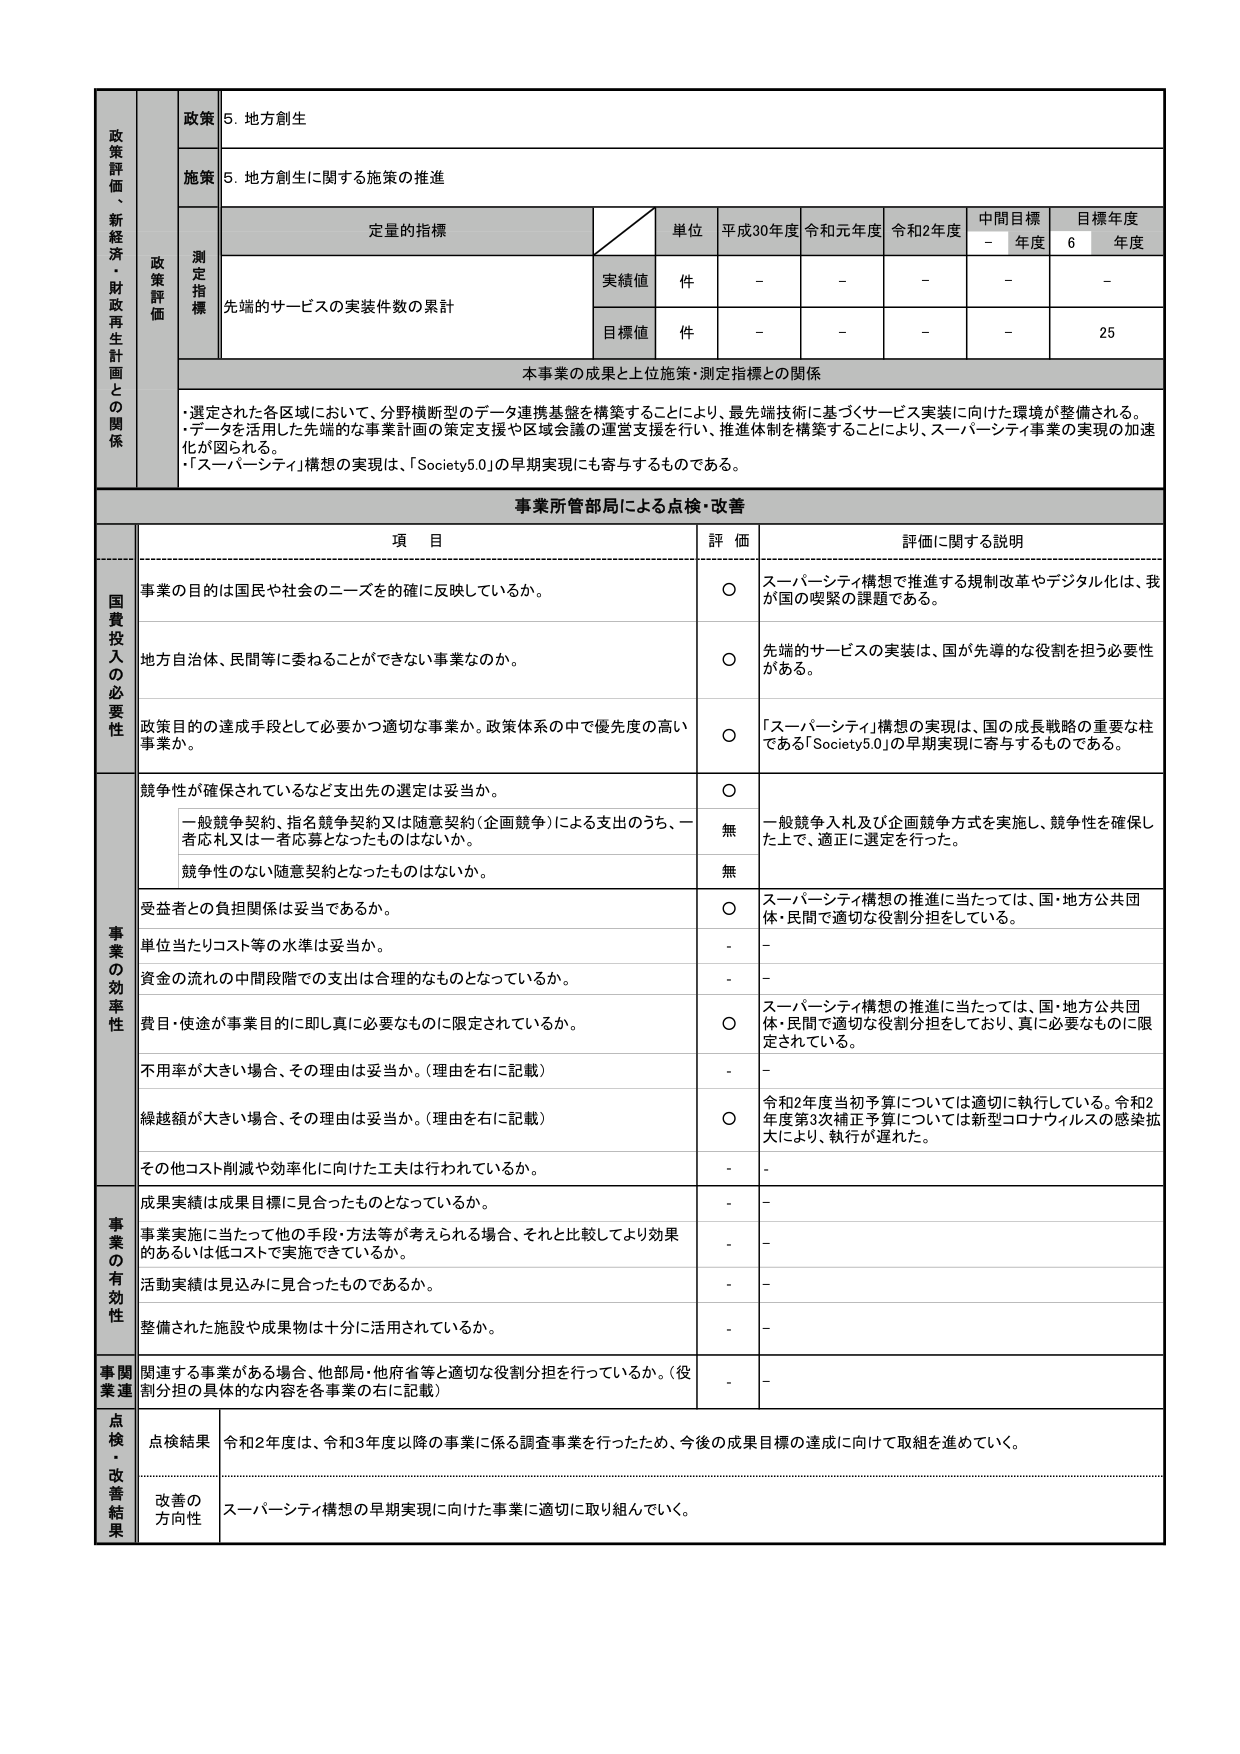
政策評価・新経済・財政再生計画との関係
政策
5. 地方創生
施策
5. 地方創生に関する施策の推進
測定指標
定量的指標
単位
平成30年度
令和元年度
令和2年度
中間目標
目標年度
-
年度
6
年度
実績値
件
-
-
-
-
-
目標値
件
-
-
-
-
25
先端的サービスの実装件数の累計
本事業の成果と上位施策・測定指標との関係
・選定された各区域において、分野横断型のデータ連携基盤を構築することにより、最先端技術に基づくサービス実装に向けた環境が整備される。
・データを活用した先端的な事業計画の策定支援や区域会議の運営支援を行い、推進体制を構築することにより、スーパーシティ事業の実現の加速化が図られる。
・「スーパーシティ」構想の実現は、「Society5.0」の早期実現にも寄与するものである。
事業所管部局による点検・改善
項目
評価
評価に関する説明
国費投入の必要性
事業の目的は国民や社会のニーズの確に反映しているか。
〇
スーパーシティ構想で推進する規制改革やデジタル化は、我が国の喫緊の課題である。
地方自治体、民間等に委ねることができない事業なのか。
〇
先端的サービスの実装は、国が先導的な役割を担う必要性がある。
政策目的の達成手段として必要かつ適切な事業か。政策体系の中で優先度の高い事業か。
〇
「スーパーシティ」構想の実現は、国の成長戦略の重要な柱である「Society5.0」の早期実現に寄与するものである。
事業の効率性
競争性が確保されているなど支出先の選定は妥当か。
〇
一般競争入札及び企画競争方式を実施し、競争性を確保した上で、適正に選定を行った。
一般競争契約、指名競争契約又は随意契約（企画競争）による支出のうち、一者応札又は一者応募となったものはないか。
無
競争性のない随意契約となったものはないか。
無
受益者との負担関係は妥当であるか。
〇
スーパーシティ構想の推進に当たっては、国・地方公共団体・民間で適切な役割分担をしている。
単位当たりコスト等の水準は妥当か。
-
-
資金の流れの中間段階での支出は合理的なものとなっているか。
-
-
費目・使途が事業目的に即し真に必要なものに限定されているか。
〇
スーパーシティ構想の推進に当たっては、国・地方公共団体・民間で適切な役割分担をしており、真に必要なものに限定されている。
不用率が大きい場合、その理由は妥当か。（理由を右に記載）
-
-
繰越額が大きい場合、その理由は妥当か。（理由を右に記載）
〇
令和2年度当初予算については適切に執行している。令和2年度第3次補正予算については新型コロナウイルスの感染拡大により、執行が遅れた。
その他コスト削減や効率化に向けた工夫は行われているか。
-
-
事業の有効性
成果実績は成果目標に見合ったものとなっているか。
-
-
事業実施に当たって他の手段・方法等が考えられる場合、それと比較してより効果的あるいは低コストで実施できているか。
-
-
活動実績は見込みに見合ったものであるか。
-
-
整備された施設や成果物は十分に活用されているか。
-
-
事関連事業
関連する事業がある場合、他部局・他府省等と適切な役割分担を行っているか。（役割分担の具体的な内容を各事業の右に記載）
-
-
点検・改善結果
点検結果
令和2年度は、令和3年度以降の事業に係る調査事業を行ったため、今後の成果目標の達成に向けて取組を進めていく。
改善の方向性
スーパーシティ構想の早期実現に向けた事業に適切に取り組んでいく。